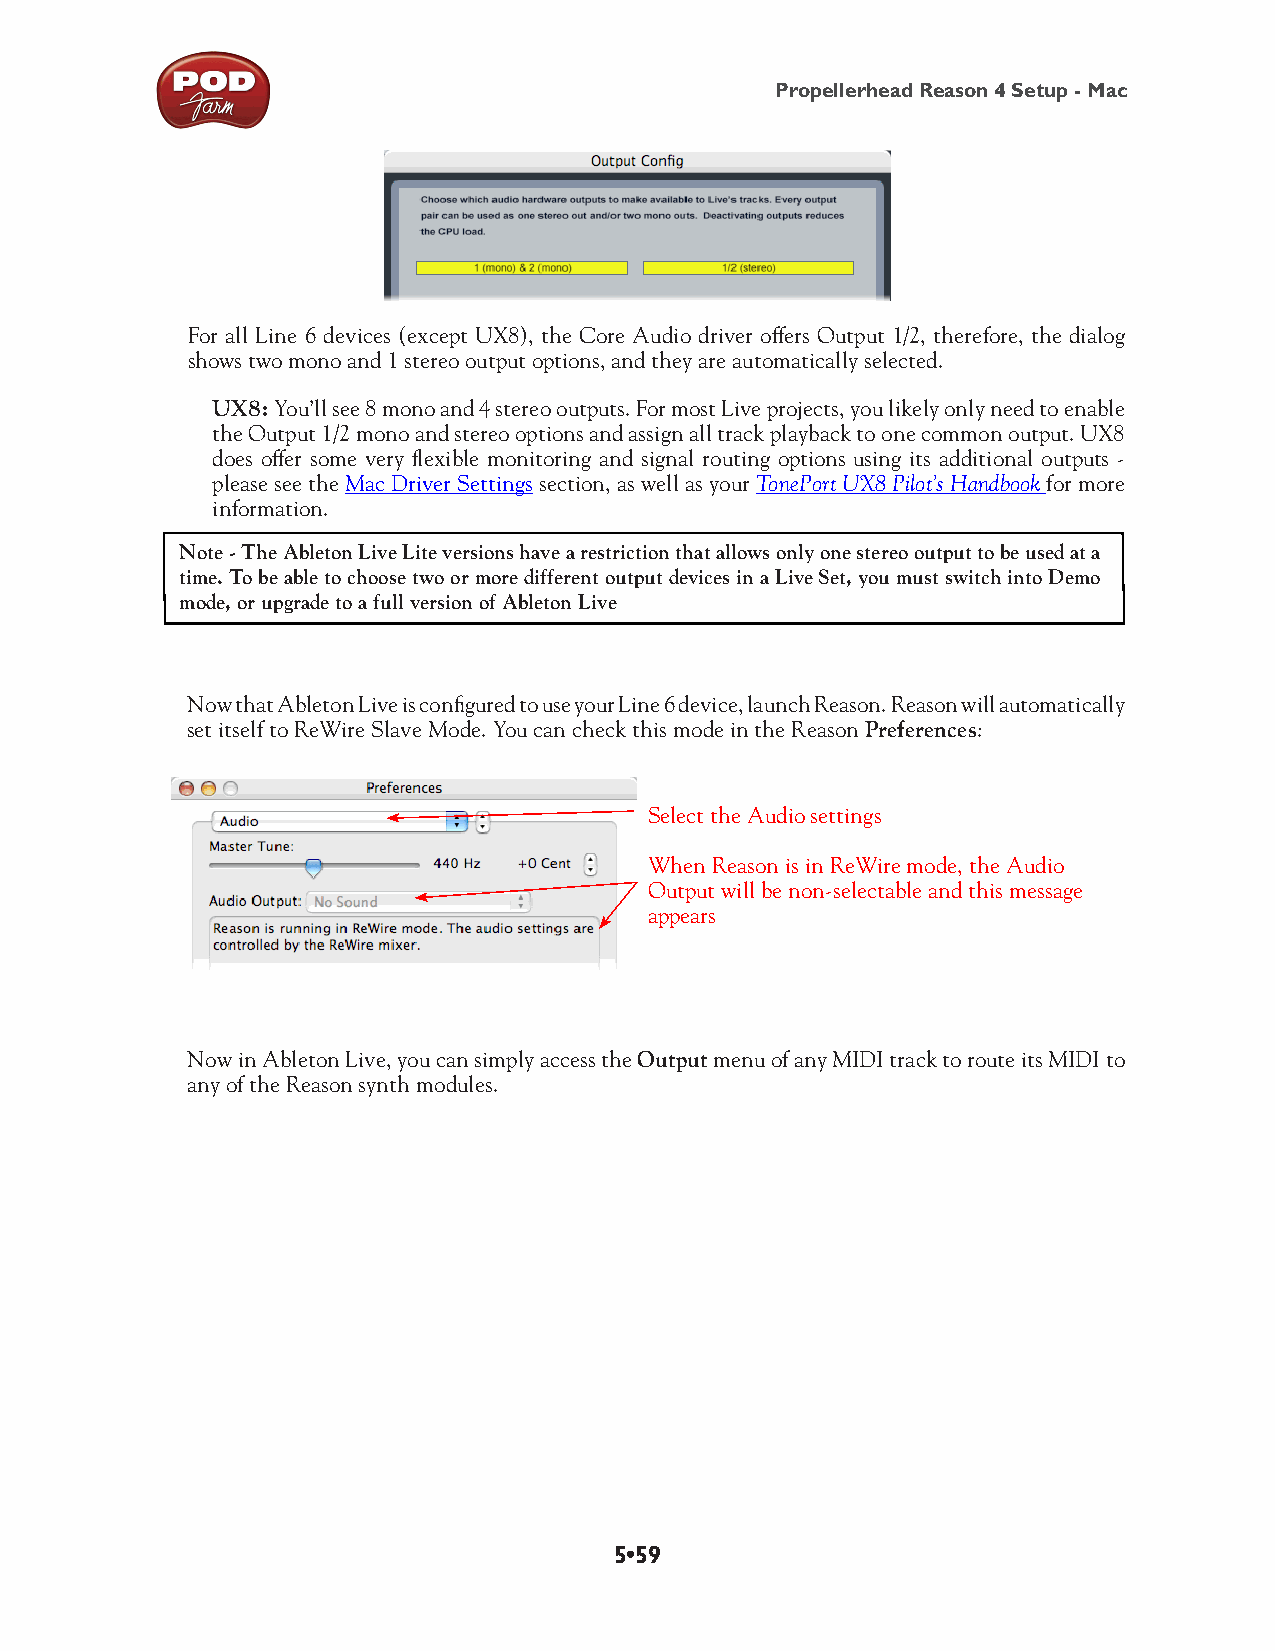
Propellerhead Reason 4 Setup - Mac
 For all Line 6 devices (except UX8), the Core Audio driver offers Output 1/2, therefore, the dialog
 shows two mono and 1 stereo output options, and they are automatically selected.
 UX8: You’ll see 8 mono and 4 stereo outputs. For most Live projects, you likely only need to enable
 the Output 1/2 mono and stereo options and assign all track playback to one common output. UX8
 does offer some very flexible monitoring and signal routing options using its additional outputs -
 please see the Mac Driver Settings section, as well as your TonePort UX8 Pilot’s Handbook for more
 information.
 Note - The Ableton Live Lite versions have a restriction that allows only one stereo output to be used at a
 time. To be able to choose two or more different output devices in a Live Set, you must switch into Demo
 mode, or upgrade to a full version of Ableton Live
 Now that Ableton Live is configured to use your Line 6 device, launch Reason. Reason will automatically
 set itself to ReWire Slave Mode. You can check this mode in the Reason Preferences:
 Select the Audio settings
 When Reason is in ReWire mode, the Audio
 Output will be non-selectable and this message
 appears
 Now in Ableton Live, you can simply access the Output menu of any MIDI track to route its MIDI to
 any of the Reason synth modules.
 5•59